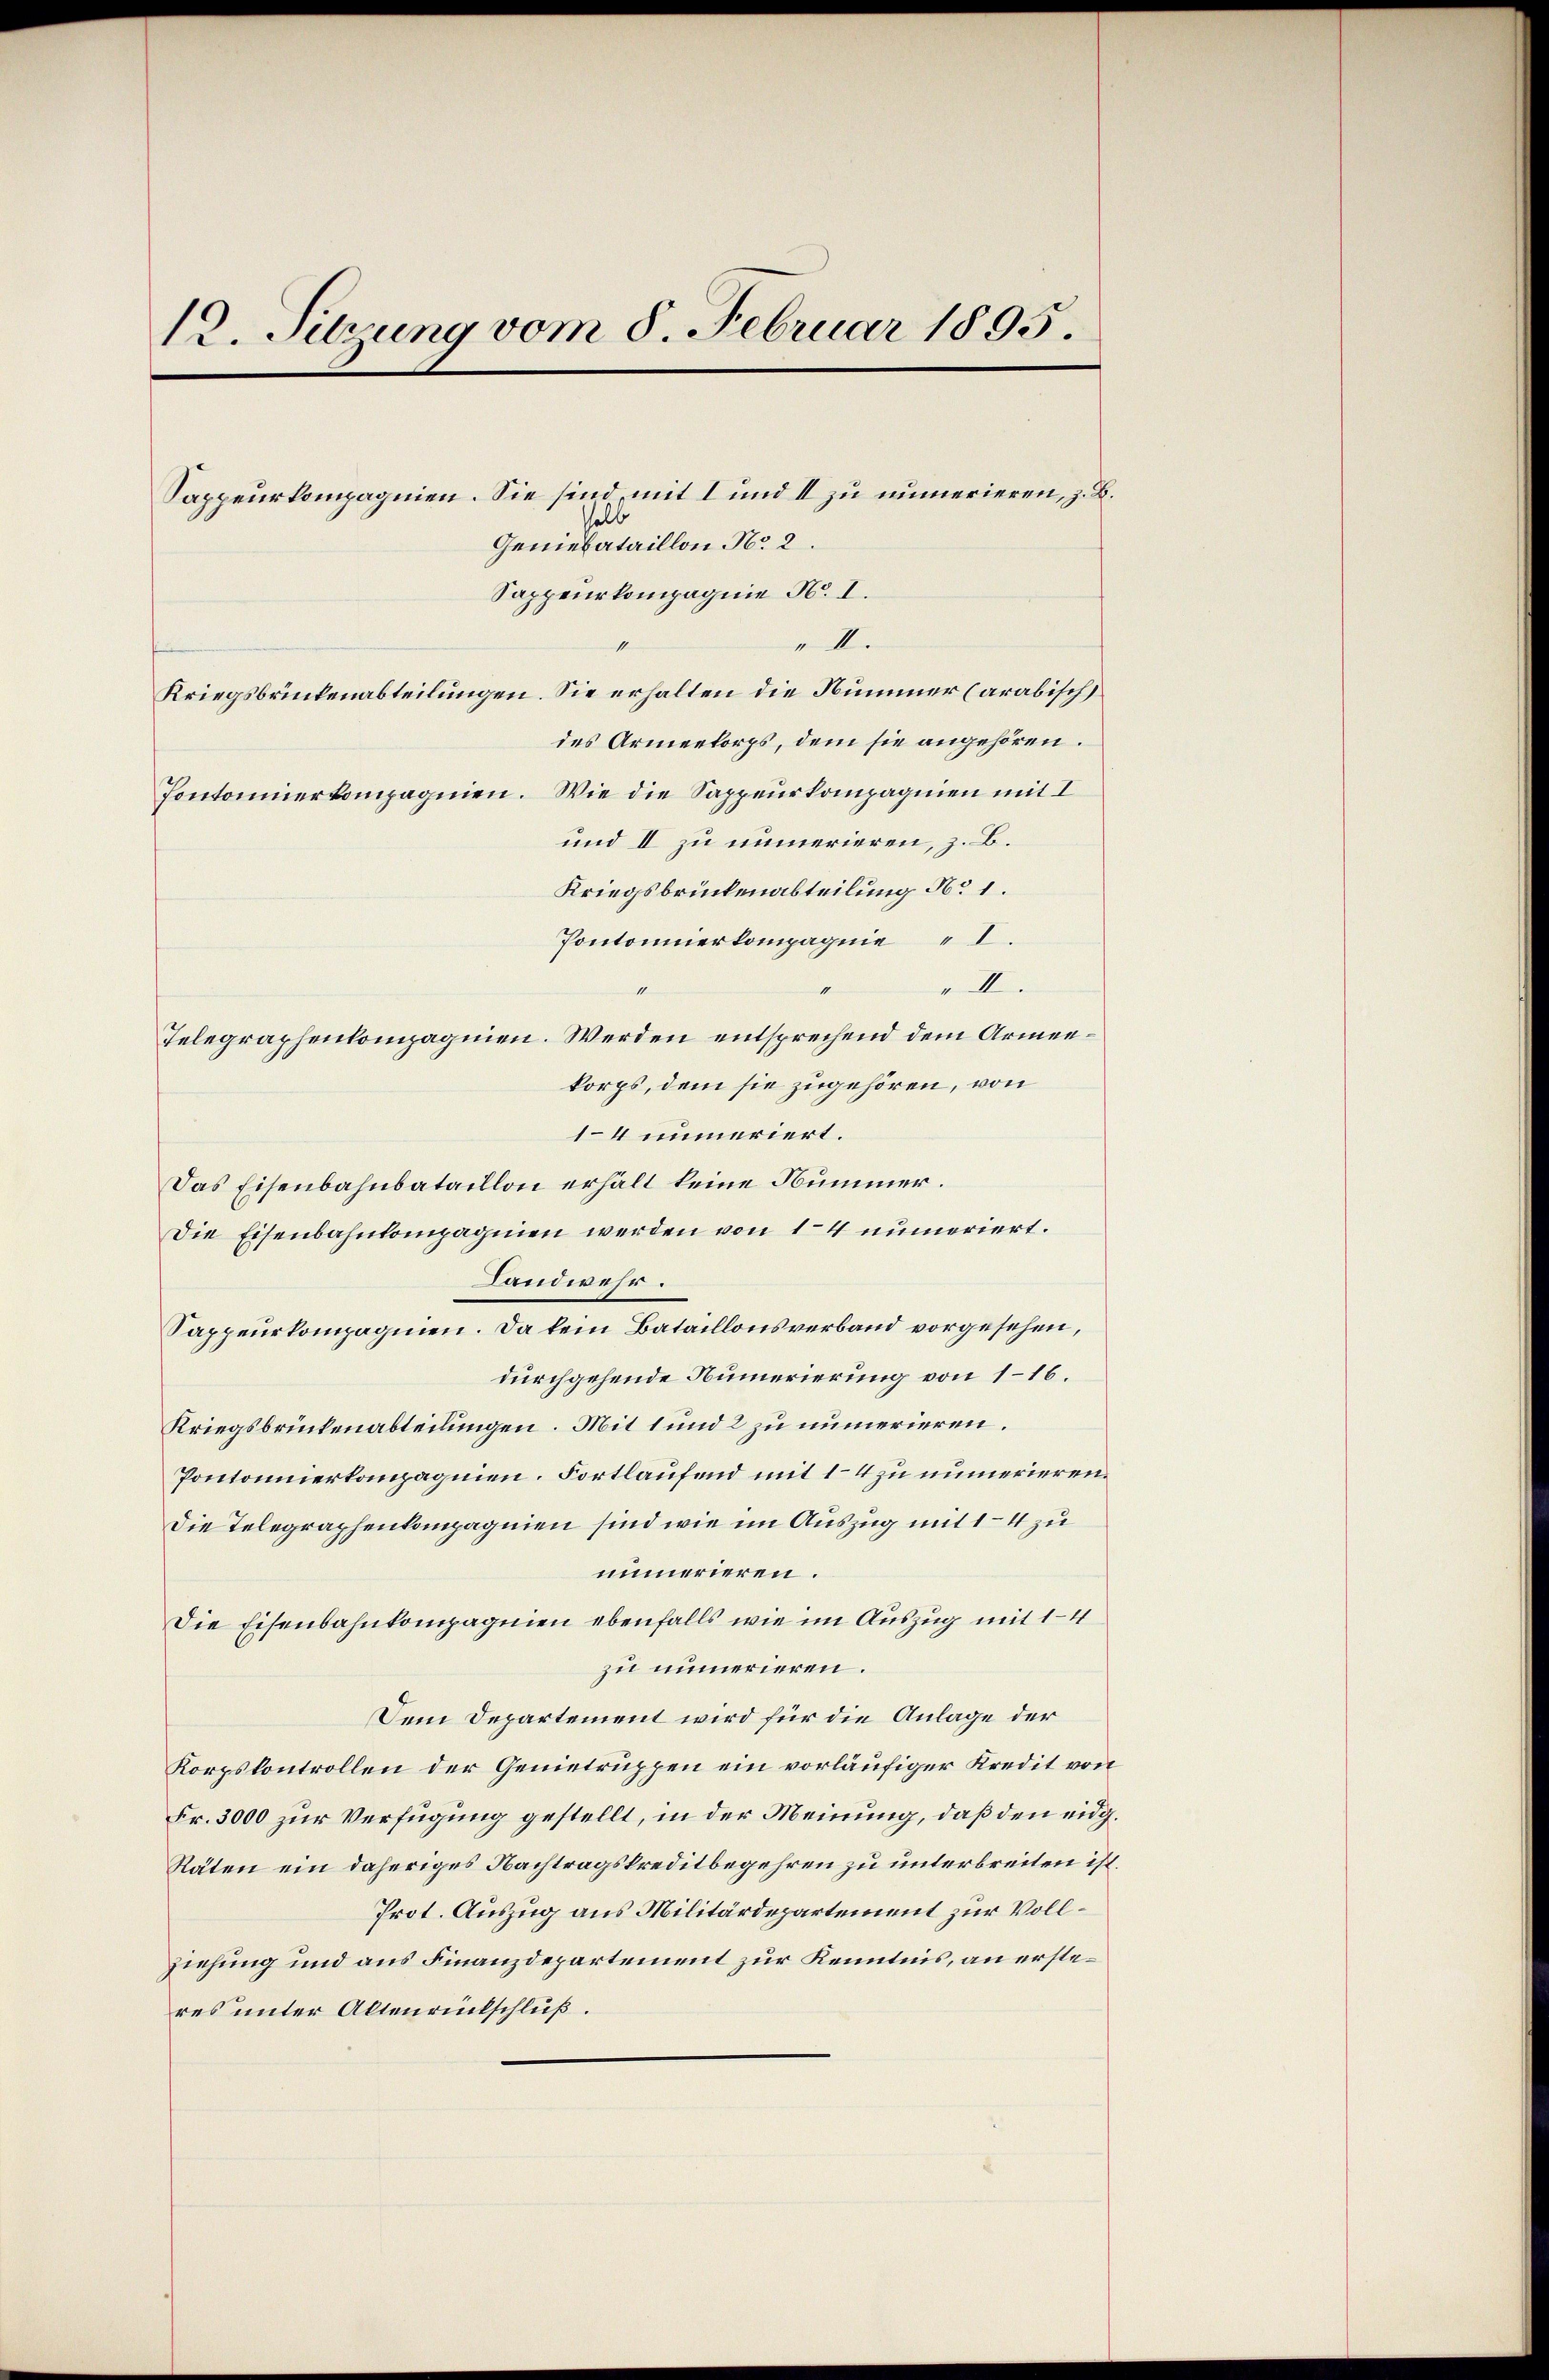
12. Sirung vom 8. Februar 1895.
Sappeurkompagnien. Sie sind mit I und II zu numerieren, z. B.
halb
Geniebataillon No 2.
Sappeurkompagnie No. I.
v II.
Kriegsbrückenabteilungen. Sie erhalten die Nummer (arabisch
des Armeekorps, dem sie angehören.
Pontonierkompagnien. Wie die Sappeurkompagnien mit I
und II zu numerieren, z. B.

Kriegsbrückenabteilung No. 1.
Pontonierkompagnie " I.
II.
Telegraphenkompagnien. Werden entsprechend dem Armenkorps, dem sie zugehören, von
14 immeriert.
Das Eisenbahnbataillon erhält keine Nummer.
Die Eisenbahnkompagnien werden von 14 numeriert.
Landwehr.
Sappeurkompagnien. Da kein Bataillonsverband vorgesehen,
durchgehende Numerierung von 1–16.
Kriegsbrückenabteilungen. Mit 1 und 2 zu numerieren.
Pontonierkompagnien. Fortlaufend mit 14 zu numerieren¬
Die Telegraphenkompagnien sind wie im Auszug mit 14 zu
uumerieren.
Die Eisenbahnkompagnien ebenfalls wie im Auszug mit 14
zu numerieren.
Dem Departement wird für die Anlage der
Korpskontrollen der Genietruppen ein vorläufiger Kredit von
Fr. 3000 zur Verfügung gestellt, in der Meinung, daß den eidg.
Räten ein daheriges Nachtragskreditbegehren zu unterbreiten ist
Prot. Auszug aus Militärdepartement zur Voll¬
Ziehung und aus Finanzdepartement zur Kenntnis, an ersteres unter Altenrückschluß.